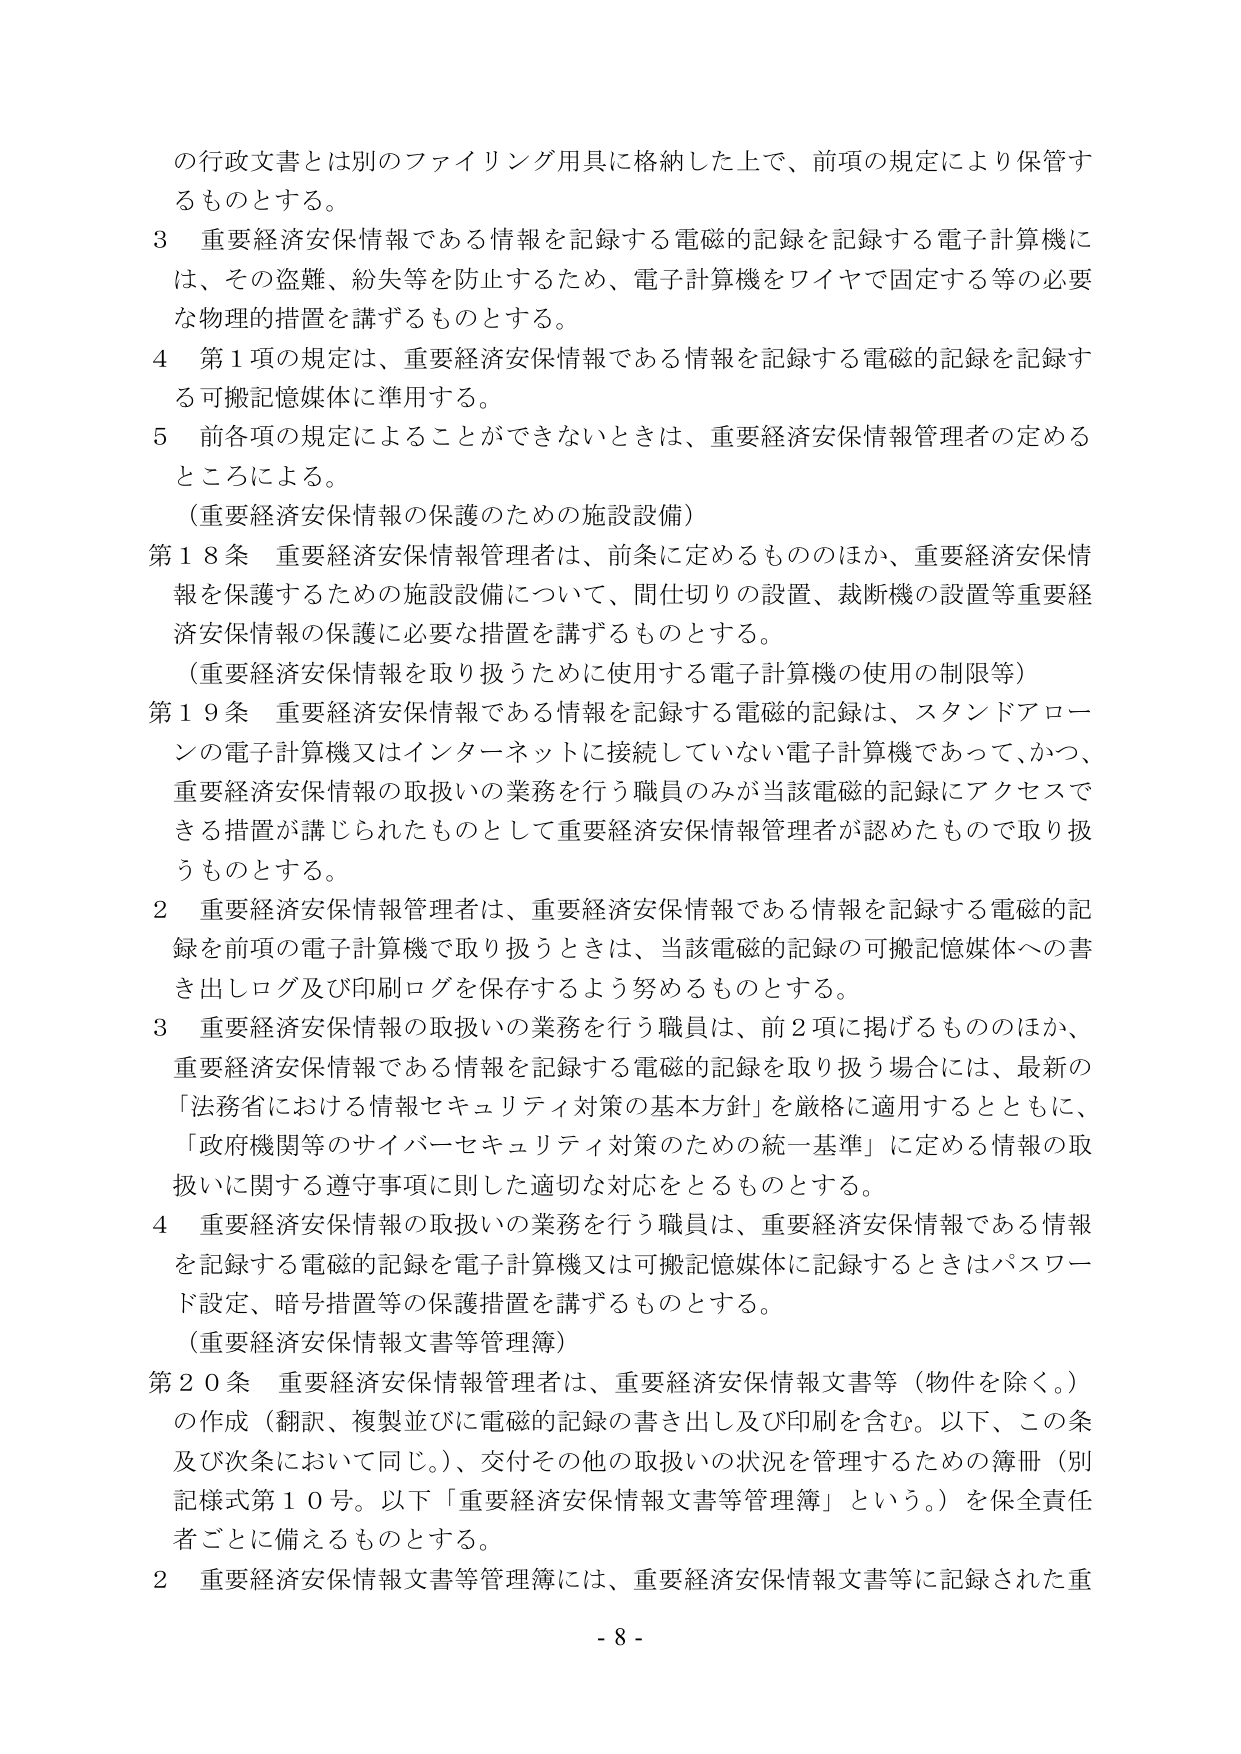
の行政文書とは別のファイリング用具に格納した上で、前項の規定により保管するものとする。

3 重要経済安保情報である情報を記録する電磁的記録を記録する電子計算機には、その盗難、紛失等を防止するため、電子計算機をワイヤで固定する等の必要な物理的措置を講ずるものとする。

4 第1項の規定は、重要経済安保情報である情報を記録する電磁的記録を記録する可搬記憶媒体に準用する。

5 前各項の規定によることができないときは、重要経済安保情報管理者の定めるところによる。

（重要経済安保情報の保護のための施設設備）

第18条 重要経済安保情報管理者は、前条に定めるもののほか、重要経済安保情報を保護するための施設設備について、間仕切りの設置、裁断機の設置等重要経済安保情報の保護に必要な措置を講ずるものとする。

（重要経済安保情報を取り扱うために使用する電子計算機の使用の制限等）

第19条 重要経済安保情報である情報を記録する電磁的記録は、スタンドアローンの電子計算機又はインターネットに接続していない電子計算機であって、かつ、重要経済安保情報の取扱いの業務を行う職員のみが当該電磁的記録にアクセスできる措置が講じられたものとして重要経済安保情報管理者が認めたもので取り扱うものとする。

2 重要経済安保情報管理者は、重要経済安保情報である情報を記録する電磁的記録を前項の電子計算機で取り扱うときは、当該電磁的記録の可搬記憶媒体への書き出しログ及び印刷ログを保存するよう努めるものとする。

3 重要経済安保情報の取扱いの業務を行う職員は、前2項に掲げるもののほか、重要経済安保情報である情報を記録する電磁的記録を取り扱う場合には、最新の「法務省における情報セキュリティ対策の基本方針」を厳格に適用するとともに、「政府機関等のサイバーセキュリティ対策のための統一基準」に定める情報の取扱いに関する遵守事項に則した適切な対応をとるものとする。

4 重要経済安保情報の取扱いの業務を行う職員は、重要経済安保情報である情報を記録する電磁的記録を電子計算機又は可搬記憶媒体に記録するときはパスワード設定、暗号措置等の保護措置を講ずるものとする。

（重要経済安保情報文書等管理簿）

第20条 重要経済安保情報管理者は、重要経済安保情報文書等（物件を除く。）の作成（翻訳、複製並びに電磁的記録の書き出し及び印刷を含む。以下、この条及び次条において同じ。）、交付その他の取扱いの状況を管理するための簿冊（別記様式第10号。以下「重要経済安保情報文書等管理簿」という。）を保全責任者ごとに備えるものとする。

2 重要経済安保情報文書等管理簿には、重要経済安保情報文書等に記録された重

- 8 -